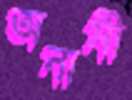
অনামী